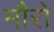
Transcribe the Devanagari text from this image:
मौरो